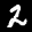
Label: 2